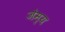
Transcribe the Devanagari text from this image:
जेम्य